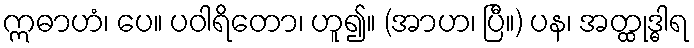
ဣဓာဟံ၊ ပေ။ ပဝါရိတော၊ ဟူ၍။ (အာဟ၊ ပြီ။) ပန၊ အတ္ထုဒ္ဓါရ